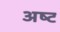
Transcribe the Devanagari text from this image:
अष्‍ट